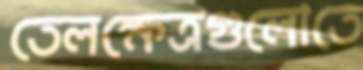
তেলক্ষেত্রগুলোতে